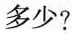
多少？